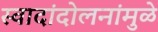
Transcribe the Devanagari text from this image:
स्वादांदोलनांमुळे